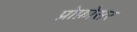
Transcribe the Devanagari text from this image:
प्रोफ़ोसर